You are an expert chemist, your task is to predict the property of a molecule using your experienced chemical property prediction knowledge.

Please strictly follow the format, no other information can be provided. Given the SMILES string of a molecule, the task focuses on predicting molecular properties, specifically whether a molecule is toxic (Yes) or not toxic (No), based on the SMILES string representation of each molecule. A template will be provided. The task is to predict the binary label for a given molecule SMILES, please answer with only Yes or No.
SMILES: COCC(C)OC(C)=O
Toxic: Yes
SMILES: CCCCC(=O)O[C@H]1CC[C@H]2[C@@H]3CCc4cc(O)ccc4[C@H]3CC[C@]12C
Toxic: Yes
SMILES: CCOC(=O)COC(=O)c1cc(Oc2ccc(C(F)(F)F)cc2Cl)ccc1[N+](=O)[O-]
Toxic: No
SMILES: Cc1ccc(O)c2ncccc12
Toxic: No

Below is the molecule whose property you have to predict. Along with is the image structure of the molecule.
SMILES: CCOC(C(=O)OCCN(C)C)(c1ccccc1)c1ccccc1
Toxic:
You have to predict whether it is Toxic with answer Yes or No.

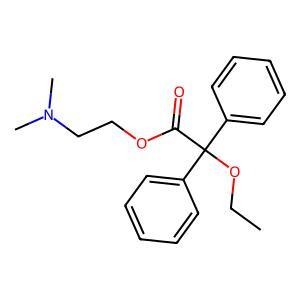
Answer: No